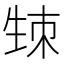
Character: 𤯡